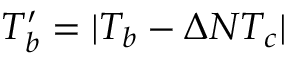
T _ { b } ^ { \prime } = \vert T _ { b } - \Delta N T _ { c } \vert